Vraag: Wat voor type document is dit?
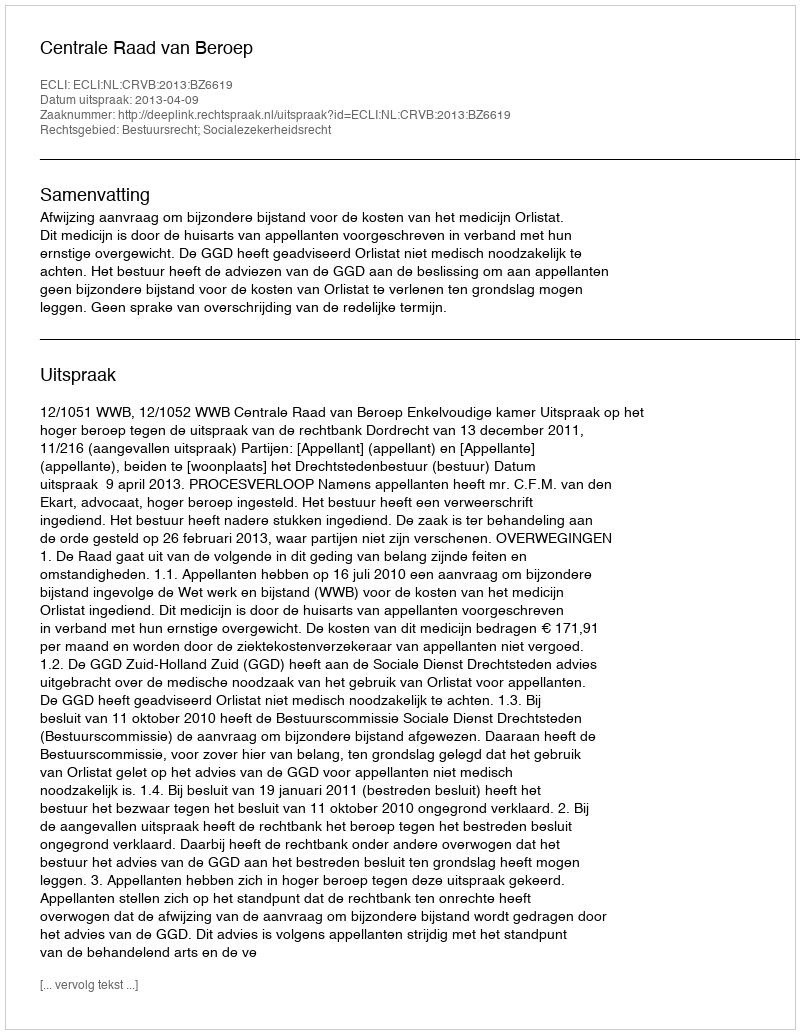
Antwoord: Uitspraak